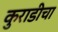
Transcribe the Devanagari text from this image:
कुराडीचा